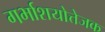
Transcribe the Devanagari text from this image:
गर्भाशयोत्तेजक